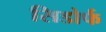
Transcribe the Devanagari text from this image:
सिडोर्फ